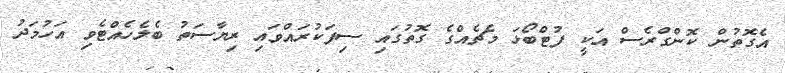
އެގޮތުން ކޮންގްރެސް އަކީ ފުޓްބޯޅަ މެޗެއްގެ ގޮތުގައި ސިފަކުރައްވައި ރިޔާސަތު ބެލެހެއްޓެވި އަހުމަދު